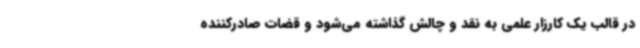
در قالب یک کارزار علمی به نقد و چالش گذاشته می‌شود و قضات صادرکننده